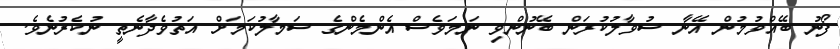
ފޯނު ބޭއްވުމުން އޭނާ ސުވާލުކުރަން ބޭނުންވި ނަމަވެސް އެންމެންގެ ސަމާލުކަމަށް އަތުވެދާނެތީ ނުކެރުނެވެ.